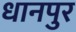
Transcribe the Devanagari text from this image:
धानपुर